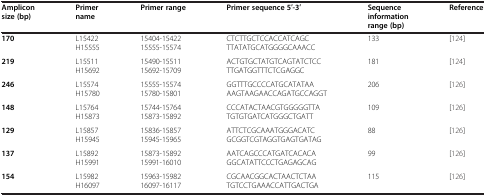
| Amplicon size (bp) | Primer name | Primer range | Primer sequence 5′-3′ | Sequence information range (bp) | Reference |
 | --- | --- | --- | --- | --- | --- |
 | 170 | L15422 H15555 | 15404-15422 15555-15574 | CTCTTGCTCCACCATCAGC TTATATGCATGGGGCAAACC | 133 | [124] |
 | 219 | L15511 H15692 | 15490-15511 15692-15709 | ACTGTGCTATGTCAGTATCTCC TTGATGGTTTCTCGAGGC | 181 | [124] |
 | 246 | L15574 H15780 | 15555-15574 15780-15801 | GGTTTGCCCCATGCATATAA AAGTAAGAACCAGATGCCAGGT | 206 | [126] |
 | 148 | L15764 H15873 | 15744-15764 15873-15892 | CCCATACTAACGTGGGGGTTA TGTGTGATCATGGGCTGATT | 109 | [126] |
 | 129 | L15857 H15945 | 15836-15857 15945-15965 | ATTCTCGCAAATGGGACATC GCGGTCGTAGGTGAGTGATAG | 88 | [126] |
 | 137 | L15892 H15991 | 15873-15892 15991-16010 | AATCAGCCCATGATCACACA GGCATATTCCCTGAGAGCAG | 99 | [126] |
 | 154 | L15982 H16097 | 15963-15982 16097-16117 | CGCAACGGCACTAACTCTAA TGTCCTGAAACCATTGACTGA | 115 | [126] |